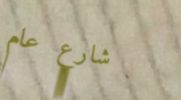
شارع عام